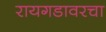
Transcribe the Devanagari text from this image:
रायगडावरचा